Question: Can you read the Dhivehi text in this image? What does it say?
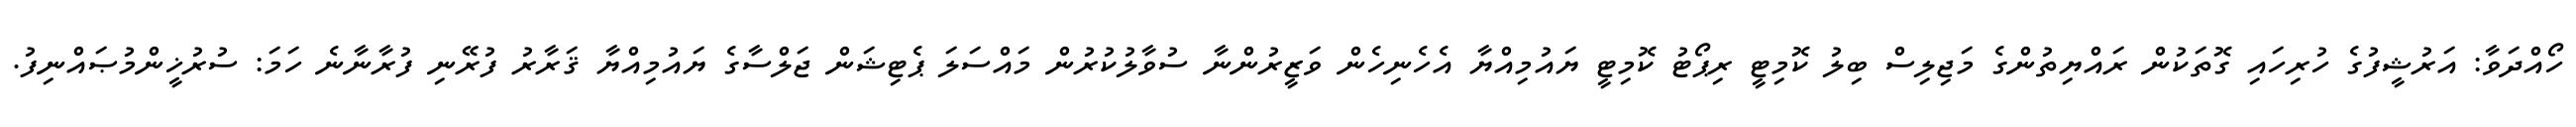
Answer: ހޯއްދަވާ: އަރުޝީފުގެ ހުރިހައި ގޮތަކުން ރައްޔިތުންގެ މަޖިލިސް ބިލު ކޮމިޓީ ރިޕޯޓު ކޮމިޓީ ޔައުމިއްޔާ އެހެނިހެން ވަޒީރުންނާ ސުވާލުކުރުން މައްސަލަ ޕެޓިޝަން ޖަލްސާގެ ޔައުމިއްޔާ ޤަރާރު ފުރޭނި ފުރާނާނެ ހަމަ: ސުރުޚީންމުޞައްނިފު.